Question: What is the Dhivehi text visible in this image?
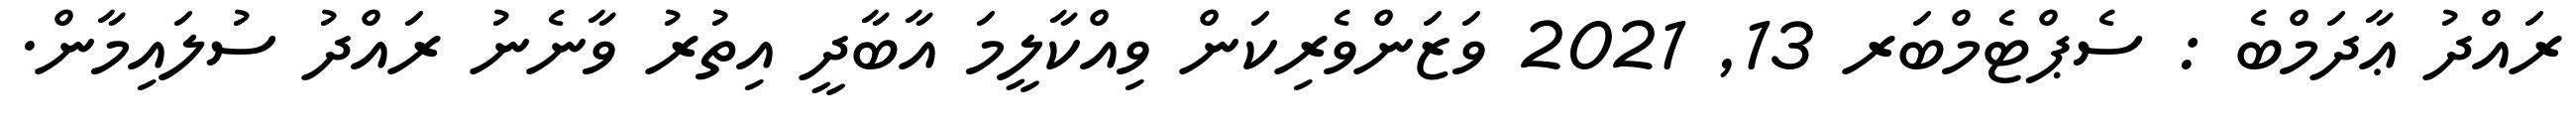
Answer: ރައްދު ޢާދަމްބެ : ސެޕްޓެމްބަރ 13, 2021 ވަޒަންވެރިކަން ވިއްކާލީމަ އާބާދީ އިތުރު ވާނެނު ރައްދު ސުލައިމާން.